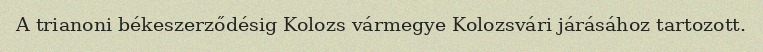
A trianoni békeszerződésig Kolozs vármegye Kolozsvári járásához tartozott.